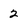
Character: 2